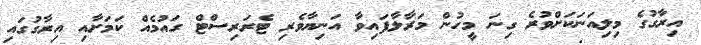
އިރާގުގެ މިލިއަނަކަށްވުރެ ގިނަ މީހުން މަރާލާފައިވާ އަނިޔާވެރި ޓެރަރިސްޓް ގައުމެއް ކަމަށާއި އިރާގުގައި